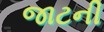
જાટની